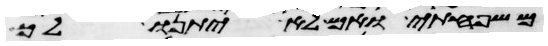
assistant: משפחתי ואם לא יתנו לך